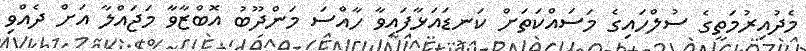
މެދުއިރުމަތީގެ ސުލްހައިގެ މަސައްކަތަށް ކަނޑައަޅާފައިވާ ހާއްސަ މަންދޫބު އޮބްޒާވާ މަޖައްލާ އަށް ދެއްވި